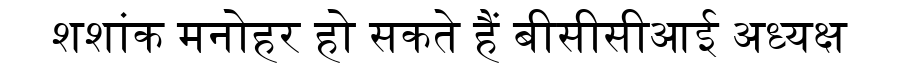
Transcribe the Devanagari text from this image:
शशांक मनोहर हो सकते हैं बीसीसीआई अध्यक्ष